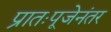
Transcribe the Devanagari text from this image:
प्रातःपूजेनंतर